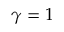
\gamma = 1